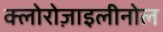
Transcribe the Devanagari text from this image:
क्लोरोज़ाइलीनोल